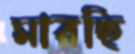
মারছি